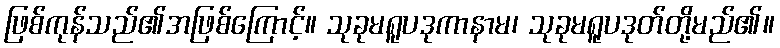
ဖြစ်ကုန်သည်၏အဖြစ်ကြောင့်။ သုခုမရူပဒုကာနာမ၊ သုခုမရူပဒုတ်တို့မည်၏။